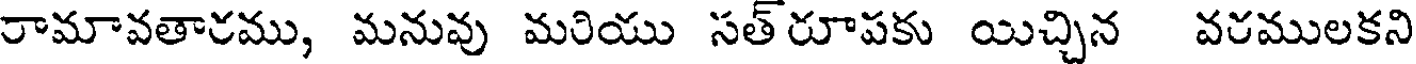
రామావతారము, మనువు మరియు సత్రూపకు యిచ్చిన వరములకని